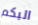
البكم